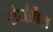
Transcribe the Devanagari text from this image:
संघर्षित